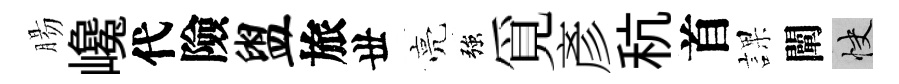
腸巉代險盥旅丗亮強覓彥秔首課闡快